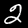
Digit: 2